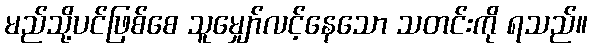
မည်သို့ပင်ဖြစ်စေ သူမျှော်လင့်နေသော သတင်းကို ရသည်။